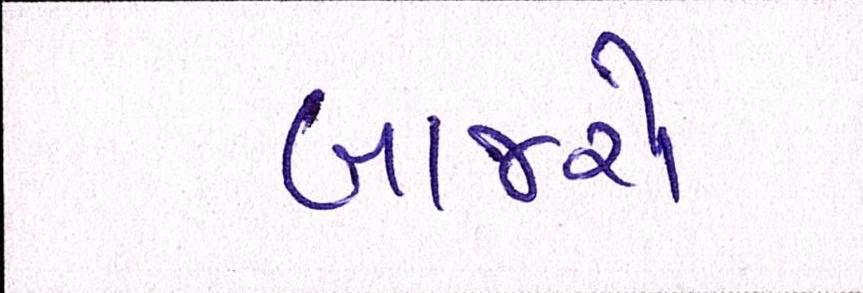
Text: બાજરો